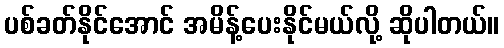
ပစ်ခတ်နိုင်အောင် အမိန့်ပေးနိုင်မယ်လို့ ဆိုပါတယ်။